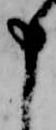
申